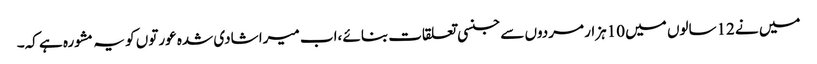
میں نے 12سالوں میں 10ہزار مردوں سے جنسی تعلقات بنائے ،اب میرا شادی شدہ عورتوں کو یہ مشورہ ہے کہ۔